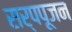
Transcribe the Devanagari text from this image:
सर्पपूजन